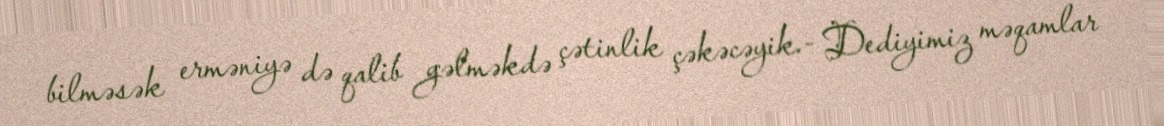
bilməsək erməniyə də qalib gəlməkdə çətinlik çəkəcəyik.- Dediyimiz məqamlar